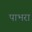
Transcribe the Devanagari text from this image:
पाभरा